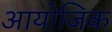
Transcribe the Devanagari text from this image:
आयोजिक